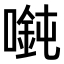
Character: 𫫲